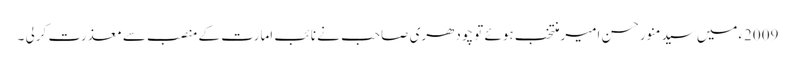
2009ءمیں سیدمنورحسن امیرمنتخب ہوئے تو چودھری صاحب نے نائب امارت کے منصب سے معذرت کرلی ۔